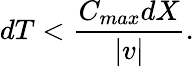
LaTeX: dT<\frac{C_{max}dX}{|v|}.